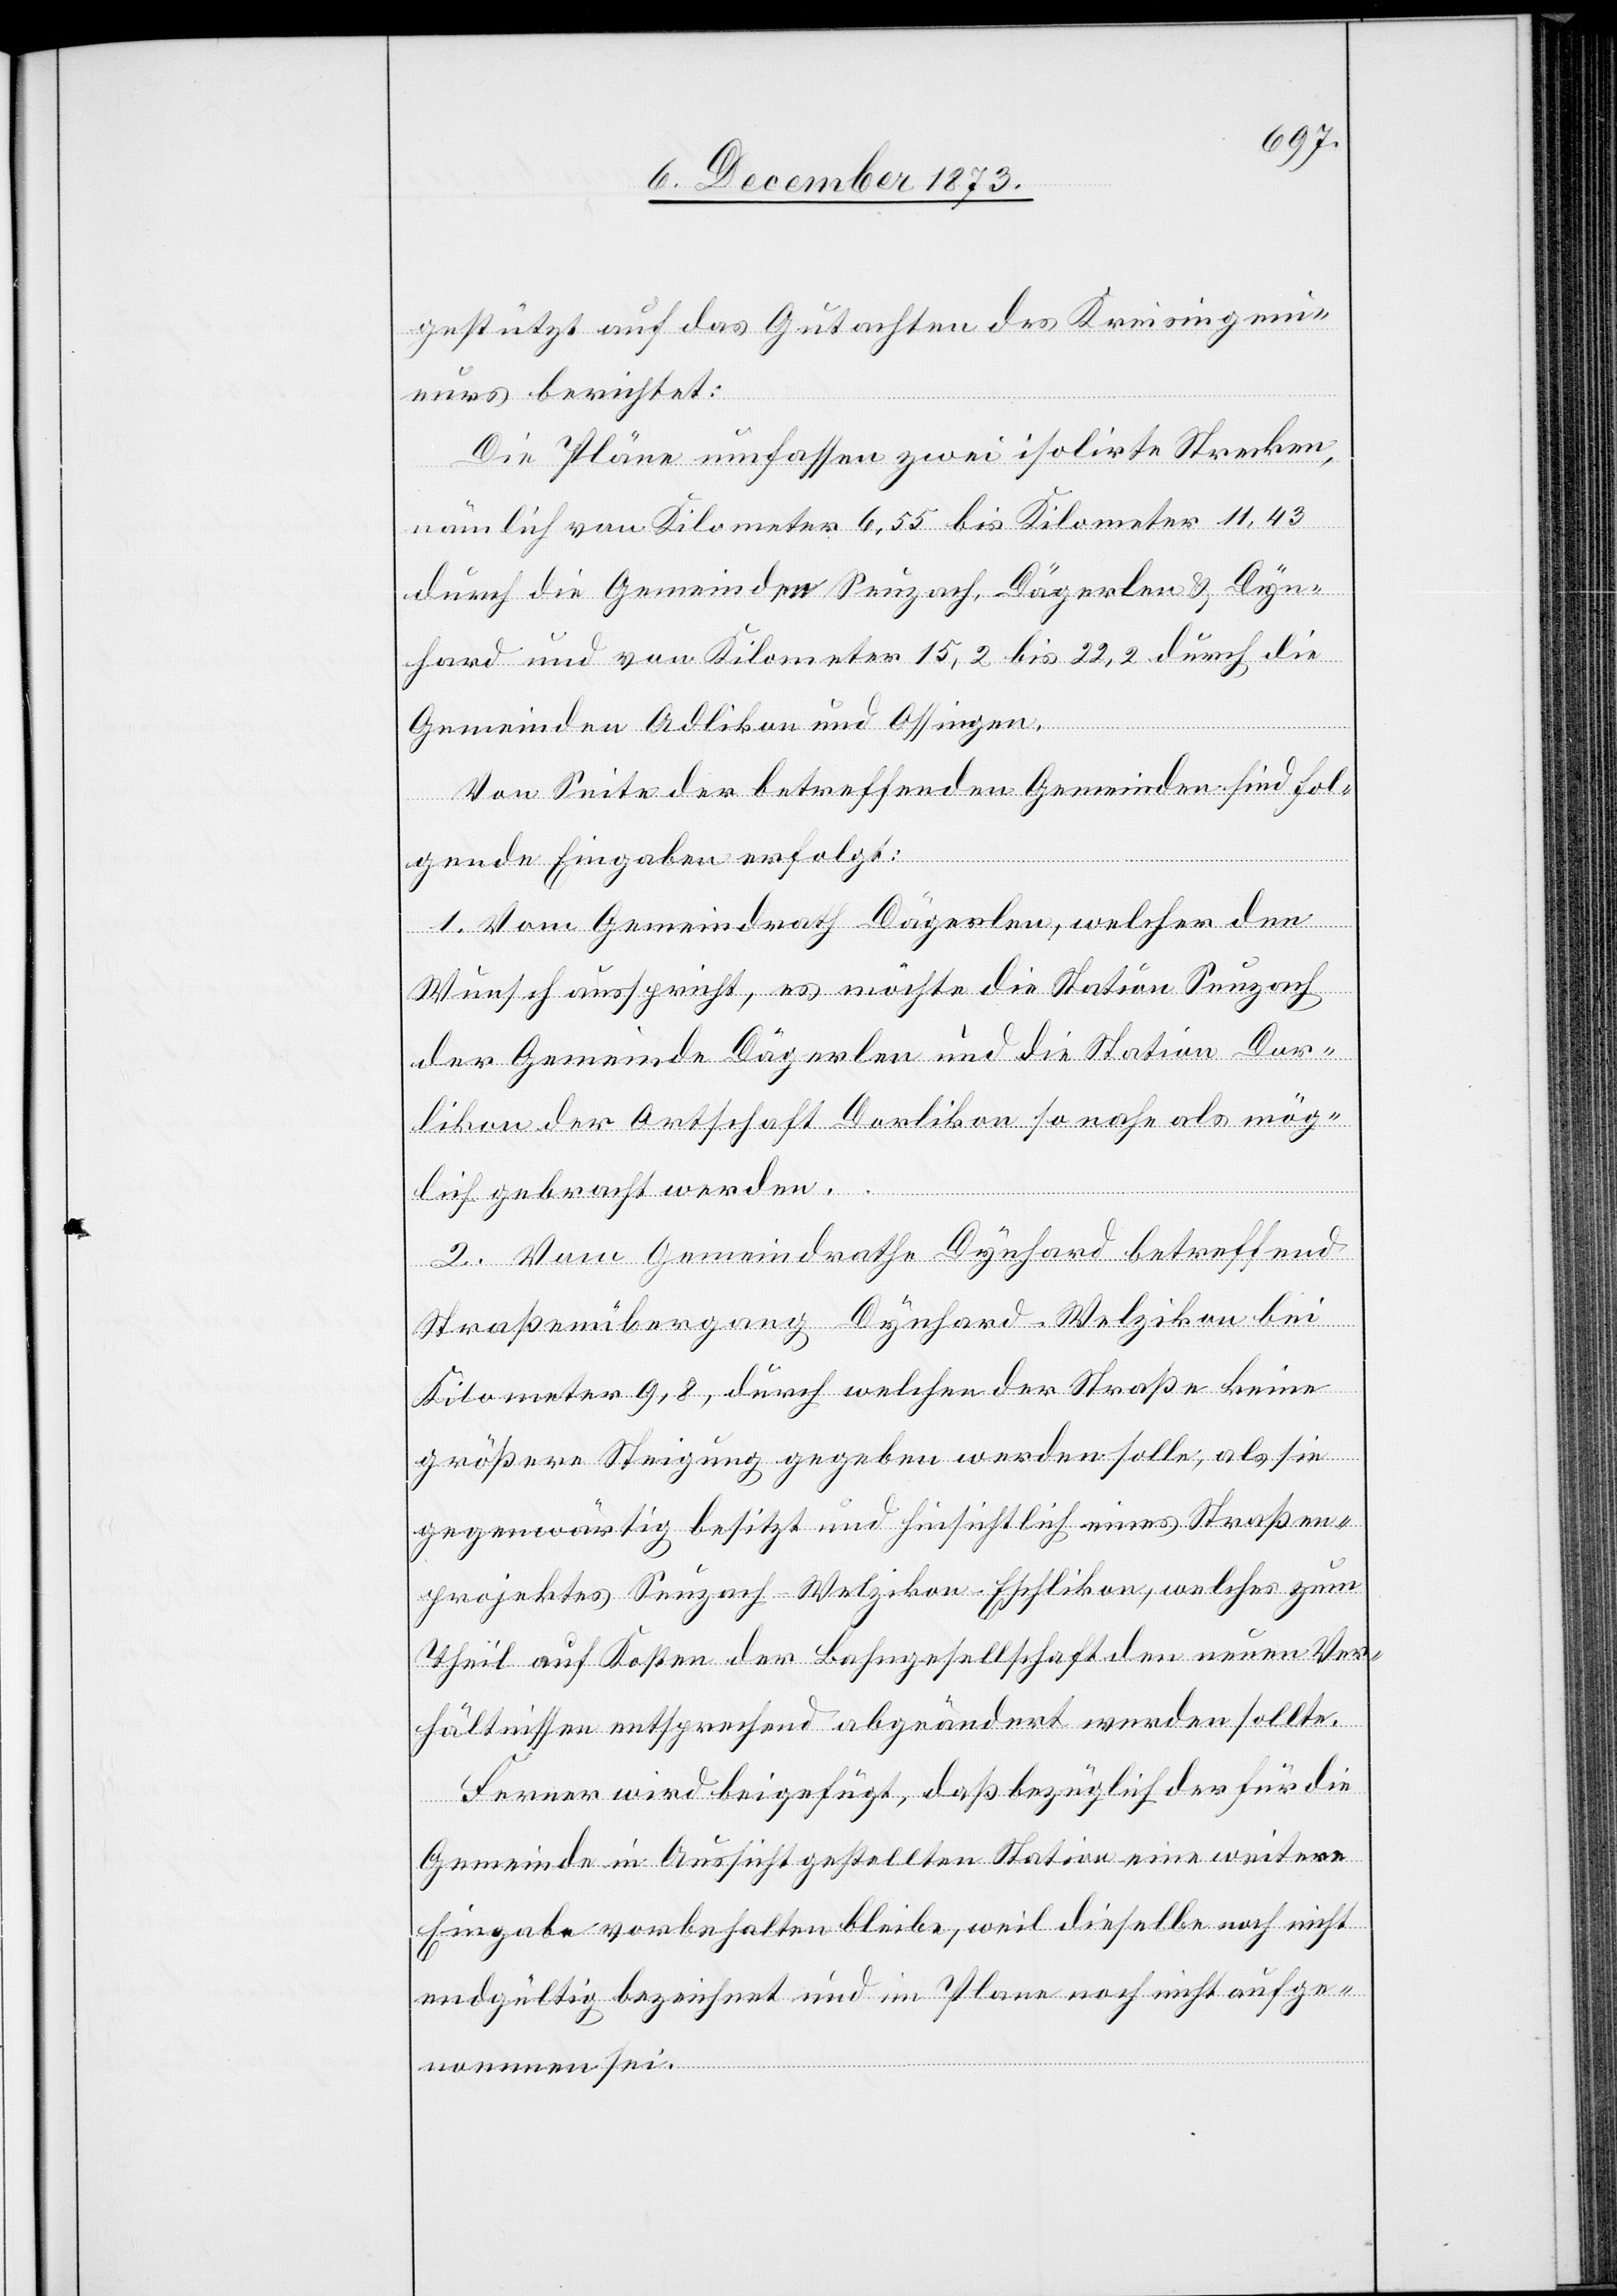
gestützt auf das Gutachten des Kreisingeni¬
eurs berichtet:
Die Pläne umfassen zwei isolirte Strecken,
nämlich von Kilometer 6,55 bis Kilometer 11,43
durch die Gemeinden Seuzach, Dägerlen & Dyn¬
hard und von Kilometer 15,2 bis 22,2 durch die
Gemeinden Adlikon und Ossingen.
Von Seite der betreffenden Gemeinden sind fol¬
gende Eingaben erfolgt:
1. Vom Gemeindrath Dägerlen, welcher den
Wunsch ausspricht, es möchte die Station Seuzach
der Gemeinde Dägerlen und die Station Dor¬
likon der Ortschaft Dorlikon so nahe als mög¬
lich gebracht werden.
2. Vom Gemeindrathe Dynhard betreffend
Straßenübergang Dynhard - Welzikon bei
Kilometer 9,8, durch welchen der Straße keine
größere Steigung gegeben werden solle, als sie
gegenwärtig besitzt und hinsichtlich eines Straßen¬
projektes Seuzach–Welzikon–Eschlikon, welches zum
Theil auf Kosten der Bahngesellschaft den neuen Ver¬
hältnissen entsprechend abgeändert werden sollte.
Ferner wird beigefügt, daß bezüglich der für die
Gemeinde in Aussicht gestellten Station eine weitere
Eingabe vorbehalten bleibe, weil dieselbe noch nicht
endgültig bezeichnet und im Plane noch nicht aufge¬
nommen sei.